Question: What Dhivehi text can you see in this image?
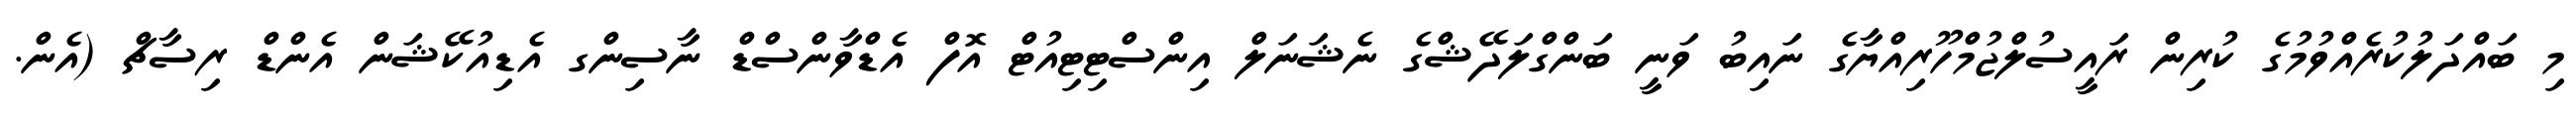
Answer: މި ބައްދަލުކުރެއްވުމުގެ ކުރިން ރައީސުލްޖުމްހޫރިއްޔާގެ ނައިބު ވަނީ ބަންގްލަދޭޝްގެ ނެޝަނަލް އިންސްޓިޓިއުޓް އޮފް އެޑްވާންސްޑް ނާސިންގ އެޑިއުކޭޝަން އެންޑް ރިސާޗް (އެން.